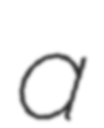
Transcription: a